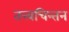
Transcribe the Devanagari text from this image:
तत्त्वचिन्तन